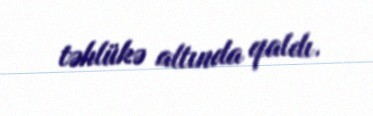
təhlükə altında qaldı.